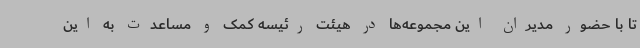
تا با حضور مدیران این مجموعه‌ها در هیئت رئیسه کمک و مساعدت به این